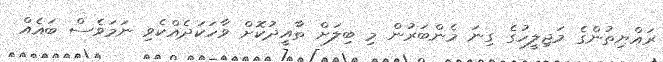
ރައްޔިތުންގެ މަޖިލީހުގެ ގިނަ މެންބަރުން މި ބިލަށް ތާއީދުކޮށް ވާހަކަދެއްކެވި ނަމަވެސް ބައެއް